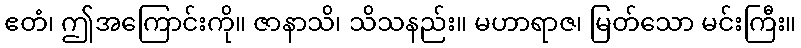
ဧတံ၊ ဤအကြောင်းကို။ ဇာနာသိ၊ သိသနည်း။ မဟာရာဇ၊ မြတ်သော မင်းကြီး။